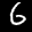
Label: 6